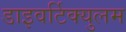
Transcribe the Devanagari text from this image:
डाइवर्टिक्युलम